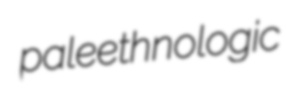
paleethnologic